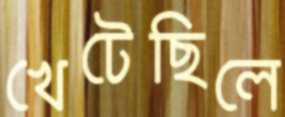
খেটেছিলে